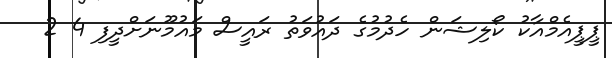
ޕީޕީއެމްއާކު ކޯލިޝަން ހެދުމުގެ ދައުވަތު ރައީސް މައުމޫނަށްދީފި 4 2